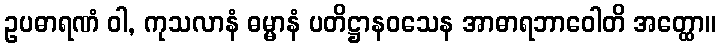
ဥပဓာရဏံ ဝါ, ကုသလာနံ ဓမ္မာနံ ပတိဋ္ဌာနဝသေန အာဓာရဘာဝေါတိ အတ္ထော။